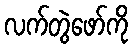
လက်တွဲဖော်ကို